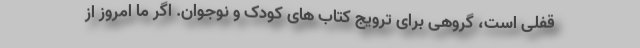
قفلی است، گروهی برای ترویج کتاب های کودک و نوجوان. اگر ما امروز از